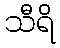
သီရိ